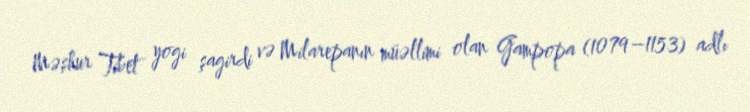
Məşhur Tibet yogi şagirdi və Milarepanın müəllimi olan Gampopa (1079–1153) adlı